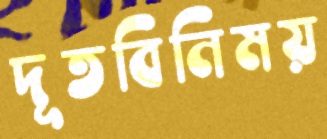
দূতবিনিময়